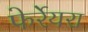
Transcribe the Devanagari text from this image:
फेर्रेयरा